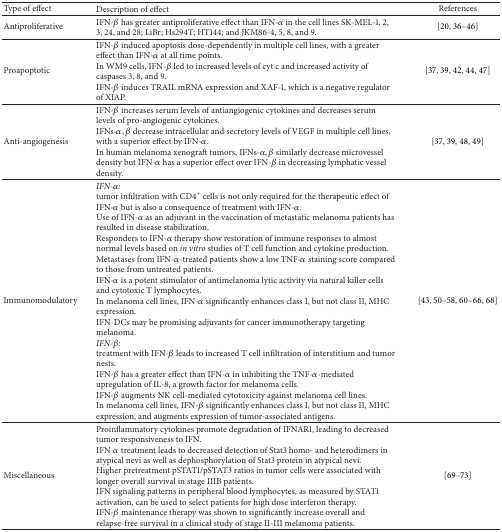
<table><thead><tr><td><b>Type of effect</b></td><td><b>Description of effect</b></td><td><b>References</b></td></tr></thead><tbody><tr><td>Antiproliferative</td><td>IFN-<i>β</i> has greater antiproliferative effect than IFN-<i>α</i> in the cell lines SK-MEL-1, 2, 3, 24, and 28; LiBr; Hs294T; HT144; and JKM86-4, 5, 8, and 9.</td><td>[20, 36–46]</td></tr><tr><td>Proapoptotic</td><td>IFN-<i>β</i> induced apoptosis dose-dependently in multiple cell lines, with a greater effect than IFN-<i>α</i> at all time points.In WM9 cells, IFN-<i>β</i> led to increased levels of cyt c and increased activity of caspases 3, 8, and 9.IFN-<i>β</i> induces TRAIL mRNA expression and XAF-1, which is a negative regulator of XIAP.</td><td>[37, 39, 42, 44, 47]</td></tr><tr><td>Anti-angiogenesis</td><td>IFN-<i>β</i> increases serum levels of antiangiogenic cytokines and decreases serum levels of pro-angiogenic cytokines.IFNs-<i>α</i>, <i>β</i> decrease intracellular and secretory levels of VEGF in multiple cell lines, with a superior effect by IFN-<i>α</i>.In human melanoma xenograft tumors, IFNs-<i>α</i>, <i>β</i> similarly decrease microvessel density but IFN-<i>α</i> has a superior effect over IFN-<i>β</i> in decreasing lymphatic vessel density.</td><td>[37, 39, 48, 49]</td></tr><tr><td>Immunomodulatory</td><td><i>IFN-α</i><i>:</i>tumor infiltration with CD4<sup>+</sup> cells is not only required for the therapeutic effect of IFN-<i>α</i> but is also a consequence of treatment with IFN-<i>α</i>.Use of IFN-<i>α</i> as an adjuvant in the vaccination of metastatic melanoma patients has resulted in disease stabilization.Responders to IFN-<i>α</i> therapy show restoration of immune responses to almost normal levels based on <i>in vitro</i> studies of T cell function and cytokine production.Metastases from IFN-<i>α</i>-treated patients show a low TNF-<i>α</i> staining score compared to those from untreated patients.IFN-<i>α</i> is a potent stimulator of antimelanoma lytic activity via natural killer cells and cytotoxic T lymphocytes.In melanoma cell lines, IFN-<i>α</i> significantly enhances class I, but not class II, MHC expression.IFN-DCs may be promising adjuvants for cancer immunotherapy targeting melanoma.<i>IFN-β:</i>treatment with IFN-<i>β</i> leads to increased T cell infiltration of interstitium and tumor nests. IFN-<i>β</i> has a greater effect than IFN-<i>α</i> in inhibiting the TNF-<i>α</i>-mediated upregulation of IL-8, a growth factor for melanoma cells.IFN-<i>β</i> augments NK cell-mediated cytotoxicity against melanoma cell lines. In melanoma cell lines, IFN-<i>β</i> significantly enhances class I, but not class II, MHC expression, and augments expression of tumor-associated antigens.</td><td>[43, 50–58, 60–66, 68]</td></tr><tr><td>Miscellaneous</td><td>Proinflammatory cytokines promote degradation of IFNAR1, leading to decreased tumor responsiveness to IFN.IFN-<i>α</i> treatment leads to decreased detection of Stat3 homo- and heterodimers in atypical nevi as well as dephosphorylation of Stat3 protein in atypical nevi.Higher pretreatment pSTAT1/pSTAT3 ratios in tumor cells were associated with longer overall survival in stage IIIB patients.IFN signaling patterns in peripheral blood lymphocytes, as measured by STAT1 activation, can be used to select patients for high dose interferon therapy.IFN-<i>β</i> maintenance therapy was shown to significantly increase overall and relapse-free survival in a clinical study of stage II-III melanoma patients.</td><td>[69–73]</td></tr></tbody></table>